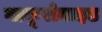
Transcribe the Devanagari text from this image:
ग्लकूरोनाइड